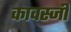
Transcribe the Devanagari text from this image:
कावस्जी